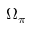
\Omega _ { \pi }